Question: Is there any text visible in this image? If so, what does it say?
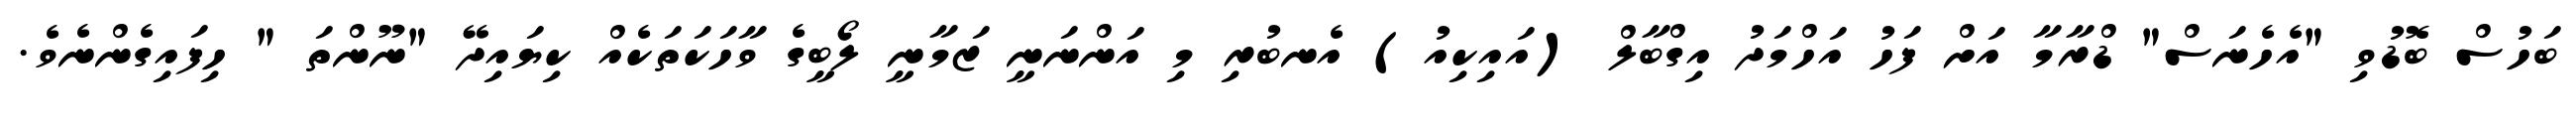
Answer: ބަހުސް ބޮޑުވި "އެހެނަސް" ޑްރާމާ އަށް ފަހު އަހްމަދު އިގްބާލް (އައިކިއު) އެނބުރި މި އަންނަނީ ޒަމާނީ ލޯބީގެ ވާހަކަތަކެއް ކިޔައިދޭ "ނޫންތަ " ހިފައިގެންނެވެ.